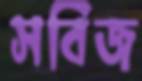
সবিজ